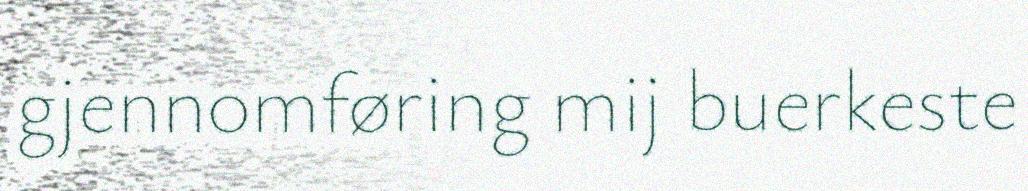
gjennomføring mij buerkeste